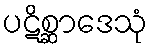
ပဋိစ္ဆာဒေသုံ